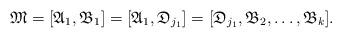
LaTeX: \begin{align*}\mathfrak{M} = [\mathfrak{A}_{1}, \mathfrak{B}_{1}] = [\mathfrak{A}_{1}, \mathfrak{D}_{j_1}] = [\mathfrak{D}_{j_1}, \mathfrak{B}_{2}, \dots, \mathfrak{B}_{k}].\end{align*}